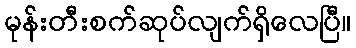
မုန်းတီးစက်ဆုပ်လျက်ရှိလေပြီ။